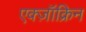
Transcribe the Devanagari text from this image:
एक्ज़ॉक्रिन